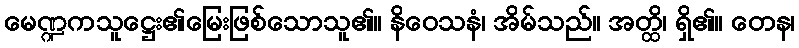
မေဏ္ဍကသူဋ္ဌေး၏မြေးဖြစ်သောသူ၏။ နိဝေသနံ၊ အိမ်သည်။ အတ္ထိ၊ ရှိ၏။ တေန၊